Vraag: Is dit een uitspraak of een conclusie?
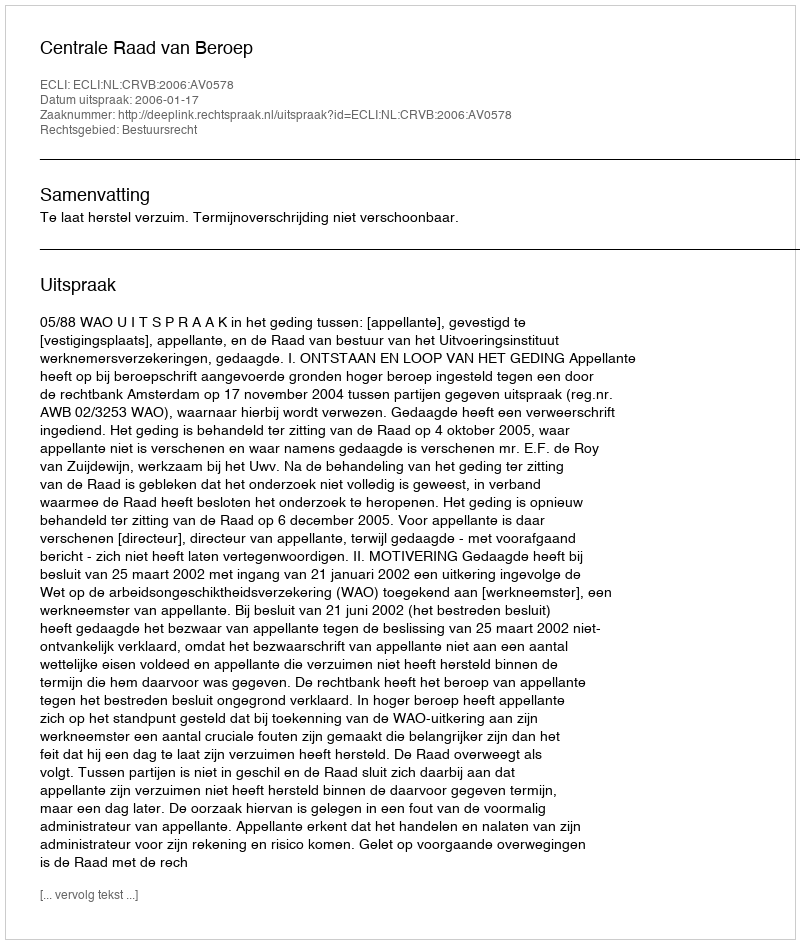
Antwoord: Uitspraak